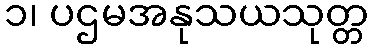
၁၊ ပဌမအနုသယသုတ္တ